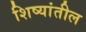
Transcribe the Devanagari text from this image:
शिष्यांतील